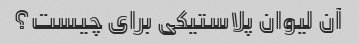
آن لیوان پلاستیکی برای چیست؟